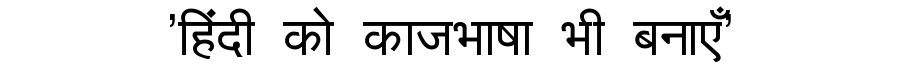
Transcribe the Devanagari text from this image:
'हिंदी को काजभाषा भी बनाएँ'